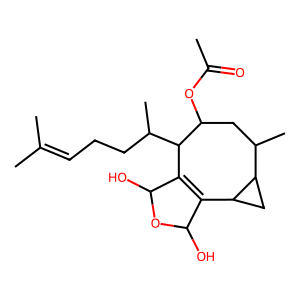
SMILES: CC(=O)OC1CC(C)C2CC2C2=C(C(O)OC2O)C1C(C)CCC=C(C)C
Inhibits HIV replication: No